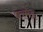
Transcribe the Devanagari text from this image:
थरमेइ